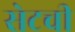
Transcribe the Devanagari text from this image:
सेटची